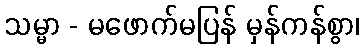
သမ္မာ - မဖောက်မပြန် မှန်ကန်စွာ၊